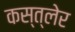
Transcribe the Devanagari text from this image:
कस्त्लेर